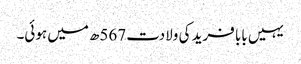
یہیں بابا فرید کی ولادت 567ھ میں ہوئی۔